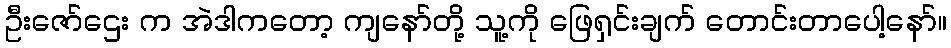
ဦးဇော်ဌေး က အဲဒါကတော့ ကျနော်တို့ သူ့ကို ဖြေရှင်းချက် တောင်းတာပေါ့နော်။